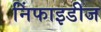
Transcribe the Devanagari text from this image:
निंफाइडीज